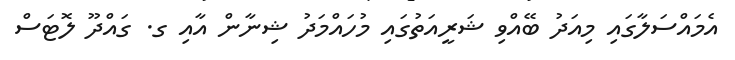
އެމައްސަލާގައި މިއަދު ބޭއްވި ޝަރީއަތުގައި މުހައްމަދު ޝިނާން އާއި ގ. ގައްދޫ ލޮޓަސް